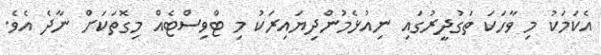
އެކަމަކު މި ވާހަކަ ތަގުދީރުގައި ނިއުޅެމުންދިޔައިރަކު މި ޓްވިސްޓެއް މިގޮތަކަށް ނާދެ އެވެ.